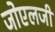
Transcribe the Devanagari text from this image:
जोएलजी